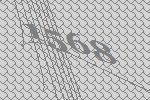
1568